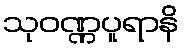
သုဝဏ္ဏပူရာနိ